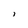
Character: i